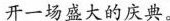
开一场盛大的庆典。